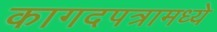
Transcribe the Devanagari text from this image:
कागदपत्रामध्ये